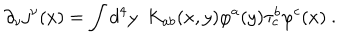
\partial _ { \nu } j ^ { \nu } ( x ) = \int d ^ { 4 } y \ \ K _ { a b } ( x , y ) \varphi ^ { a } ( y ) \tau _ { c } ^ { b } \varphi ^ { c } ( x ) \ .